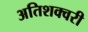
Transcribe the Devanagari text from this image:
अतिशक्वरी